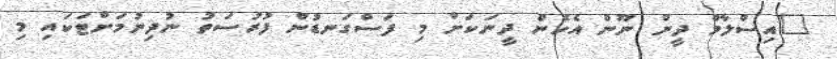
"އިސްލާމް ދީން ނޫން އެހެން ދީނަކަށް މި ފަސްގަނޑުން ފުރުސަތު ނުދިނުމަށްޓަކައި މި